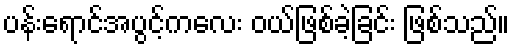
ပန်းရောင်အပွင့်ကလေး ဝယ်ဖြစ်ခဲ့ခြင်း ဖြစ်သည်။